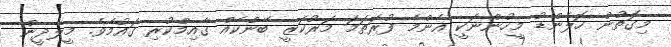
މިގޮތުން ހޮލެންޑު މީހުންނަކީ އެންމެ ފުރަތަމަ މަރުކަޒީ ބޭންކެއް ގާއިމްކުރި ގައުމެވެ. މީލާދީން